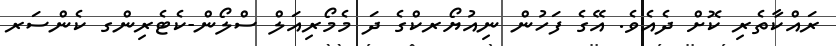
ރައްކާތެރި ކޮށް ދެއެވެ. އޭގެ ފަހުން ނިއުޔޯރކްގެ ދަ މެމޯރިއަލް ސްލޯން-ކެޓެރިންގ ކެންސަރ